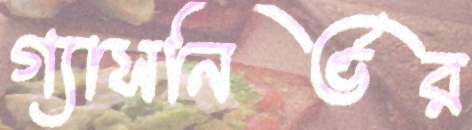
গ্যাসনির্ভর